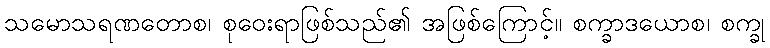
သမောသရဏတောစ၊ စုဝေးရာဖြစ်သည်၏ အဖြစ်ကြောင့်။ စက္ခာဒယောစ၊ စက္ခု